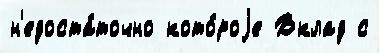
н'едоста́точно кото́роjе Вклад с